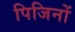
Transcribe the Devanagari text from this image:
पिजिनों